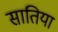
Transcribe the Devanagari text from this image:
सातिया